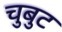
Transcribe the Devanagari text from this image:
चुबुट